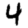
Digit: 4